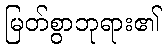
မြတ်စွာဘုရား၏